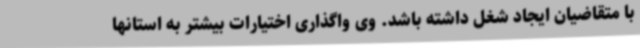
با متقاضیان ایجاد شغل داشته باشد. وی واگذاری اختیارات بیشتر به استانها